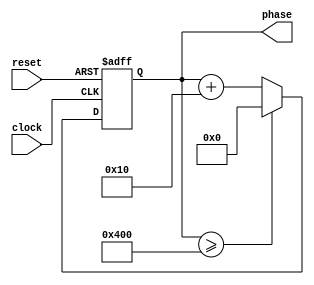
`timescale 1ns / 1ps

module phase_accumulator(
    clock,  // clock @ 1MHz
    reset,  // reset signal
    phase   // returns the 10-bit phase register   
    );
    
    parameter max_val = 1024;  // 2^10
    
    parameter increment = 16 ; // (max_val * desired_frequency) / clk_frequency
        
    input  clock,
           reset;
    
    output [9:0] phase;
    reg    [9:0] phase;
    
    always @ (posedge clock or 
              posedge reset) begin
              
        if (reset) phase <= 10'b00_0000_0000;
        
        else if (phase >= max_val)
            phase <= 10'b00_0000_0000;
            
        else 
            phase <= phase + increment; 
        end
endmodule